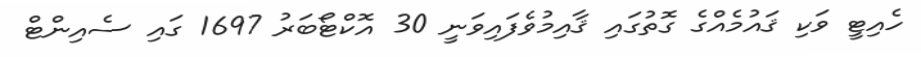
ހެއިޓީ ވަކި ޤައުުމެއްގެ ގޮތުގައި ޤާއިމުވެފައިވަނީ 30 އޮކްޓޯބަރު 1697 ގައި ސެއިންޓް